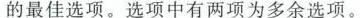
的最佳选项。选项中有两项为多余选项。